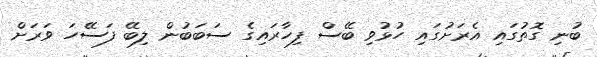
ބުނި ގޮތުގައި އެރަށުގައި ހުޅުވި ބޭސް ފިހާރައިގެ ސަބަބުން ލިބޭ ފަސޭހަ ވަރަށް